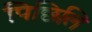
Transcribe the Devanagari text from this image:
पिछिलि